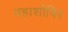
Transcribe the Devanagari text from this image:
महाशौषिर